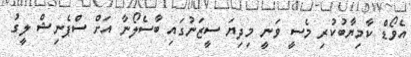
އެވޯޑް ކާމިޔާބުކުރި މެސީ ވަނީ މިދިޔަ ސީޒަނުގައި ބާސެލޯނާ އަށް ސްޕެނިޝް ލީގު